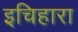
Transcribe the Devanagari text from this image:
इचिहारा